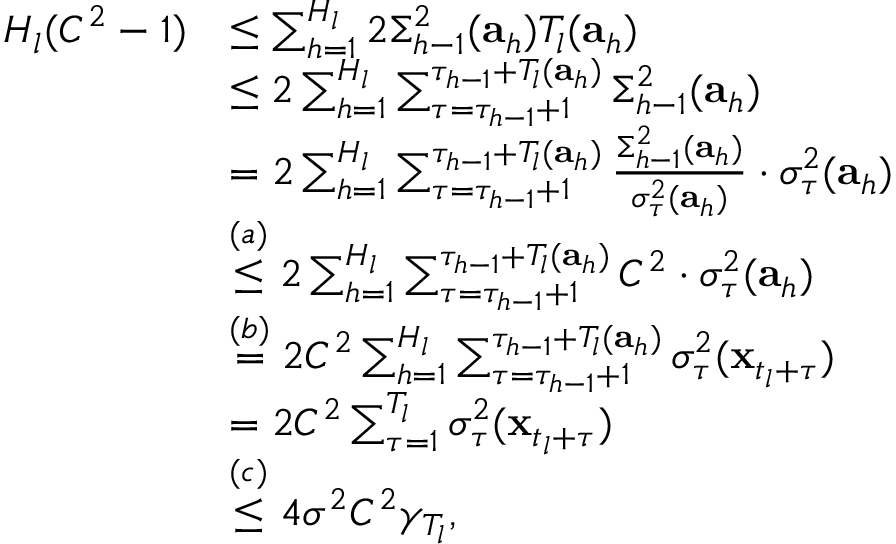
\begin{array} { r l } { H _ { l } ( C ^ { 2 } - 1 ) } & { \leq \sum _ { h = 1 } ^ { H _ { l } } 2 \Sigma _ { h - 1 } ^ { 2 } ( \mathbf { a } _ { h } ) T _ { l } ( \mathbf { a } _ { h } ) } \\ & { \leq 2 \sum _ { h = 1 } ^ { H _ { l } } \sum _ { \tau = \tau _ { h - 1 } + 1 } ^ { \tau _ { h - 1 } + T _ { l } ( \mathbf { a } _ { h } ) } \Sigma _ { h - 1 } ^ { 2 } ( \mathbf { a } _ { h } ) } \\ & { = 2 \sum _ { h = 1 } ^ { H _ { l } } \sum _ { \tau = \tau _ { h - 1 } + 1 } ^ { \tau _ { h - 1 } + T _ { l } ( \mathbf { a } _ { h } ) } \frac { \Sigma _ { h - 1 } ^ { 2 } ( \mathbf { a } _ { h } ) } { \sigma _ { \tau } ^ { 2 } ( \mathbf { a } _ { h } ) } \cdot \sigma _ { \tau } ^ { 2 } ( \mathbf { a } _ { h } ) } \\ & { \overset { ( a ) } { \leq } 2 \sum _ { h = 1 } ^ { H _ { l } } \sum _ { \tau = \tau _ { h - 1 } + 1 } ^ { \tau _ { h - 1 } + T _ { l } ( \mathbf { a } _ { h } ) } C ^ { 2 } \cdot \sigma _ { \tau } ^ { 2 } ( \mathbf { a } _ { h } ) } \\ & { \overset { ( b ) } { = } 2 C ^ { 2 } \sum _ { h = 1 } ^ { H _ { l } } \sum _ { \tau = \tau _ { h - 1 } + 1 } ^ { \tau _ { h - 1 } + T _ { l } ( \mathbf { a } _ { h } ) } \sigma _ { \tau } ^ { 2 } ( \mathbf { x } _ { t _ { l } + \tau } ) } \\ & { = 2 C ^ { 2 } \sum _ { \tau = 1 } ^ { T _ { l } } \sigma _ { \tau } ^ { 2 } ( \mathbf { x } _ { t _ { l } + \tau } ) } \\ & { \overset { ( c ) } { \leq } 4 \sigma ^ { 2 } C ^ { 2 } \gamma _ { T _ { l } } , } \end{array}